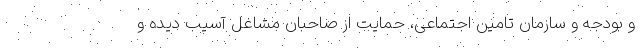
و بودجه و سازمان تامین اجتماعی، حمایت از صاحبان مشاغل آسیب دیده و